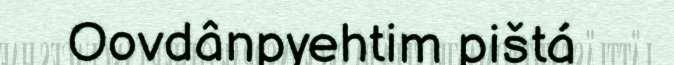
Oovdânpyehtim pištá